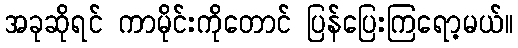
အခုဆိုရင် ကာမိုင်းကိုတောင် ပြန်ပြေးကြရော့မယ်။